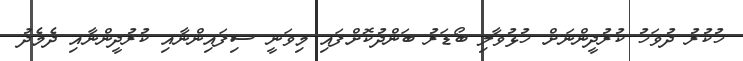
ހުކުރު ދުވަހު ކުރުދީންނަށް ހުޅުވާލި ބޯޑަރު ބަންދުކޮށްފައި މިވަނީ ސިފައިންނާއި ކުރުދީންނާއި ދެމެދު